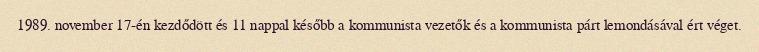
1989. november 17-én kezdődött és 11 nappal később a kommunista vezetők és a kommunista párt lemondásával ért véget.